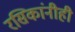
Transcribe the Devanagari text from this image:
रसिकांनीही